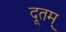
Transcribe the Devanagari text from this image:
दूतम्‌